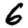
Digit: 6